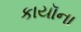
કાયૉના